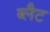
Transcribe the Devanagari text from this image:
ब्लैट